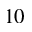
^ Ḋ 1 0 Ḍ